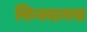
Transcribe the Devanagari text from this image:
फ़िक्शनस